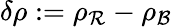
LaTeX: \delta\rho:=\rho_{\mathcal R}-\rho_{\mathcal B}